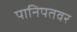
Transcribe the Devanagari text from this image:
पानिपतवर